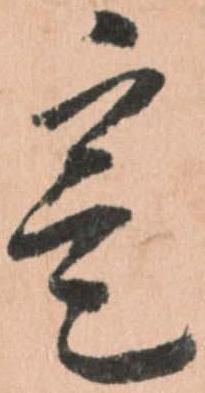
寔